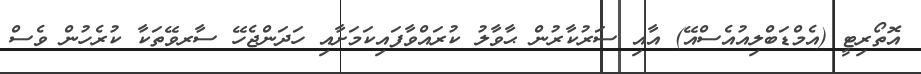
އޮތޯރިޓީ (އެމްޑަބްލިއުއެސްއޭ) އާއި ސަރުކާރުން ޙާވާލު ކުރައްވާފައިކަމަށާއި ހަދަންޖެހޭ ސާރވޭތަކާ ކުރެހުން ވެސް